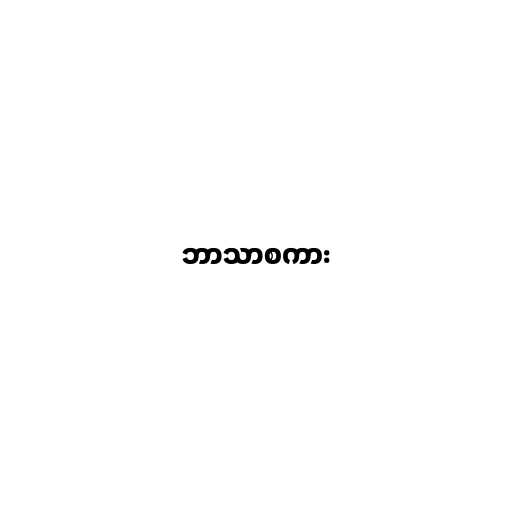
ဘာသာစကား